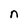
Character: n